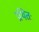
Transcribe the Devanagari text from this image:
प्रथितः